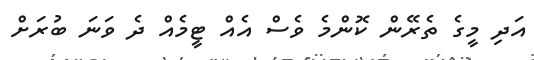
އަދި މީގެ ތެރޭން ކޮންމެ ވެސް އެއް ޓީމެއް ދެ ވަނަ ބުރަށް